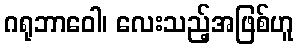
ဂရုဘာဝေါ၊ လေးသည့်အဖြစ်ဟူ